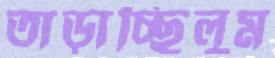
তাড়াচ্ছিলুম